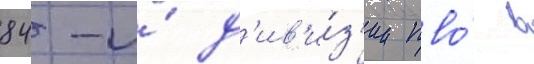
84-и́ д'ив'и́з'ии пво́ в